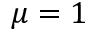
\mu = 1